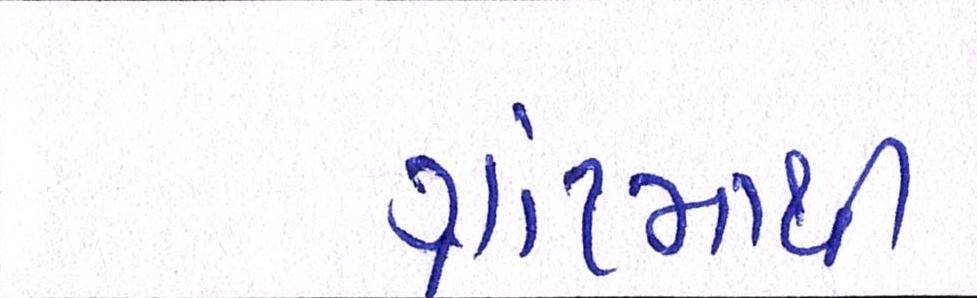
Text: ગ્રાંટમાથી